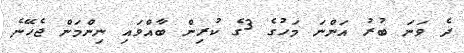
ދެ ވަނަ ބުރު އަންނަ މަހުގެ 3ގެ ކުރިން ބާއްވައި ނިންމަން ޖެހޭނެ